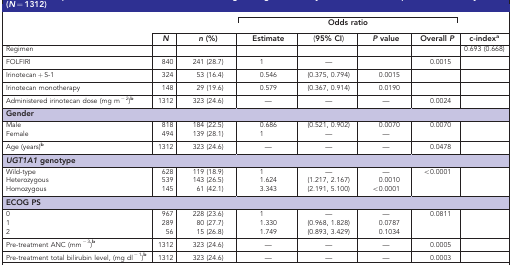
<table><thead><tr><td><b> </b></td><td><b> </b></td><td><b> </b></td><td colspan="4"><b>Odds ratio</b></td><td><b> </b></td></tr><tr><td><b> </b></td><td><b><i>N</i></b></td><td><b><i>n</i>(%)</b></td><td><b>Estimate</b></td><td><b>(95% CI)</b></td><td><b><i>P</i>value</b></td><td><b>Overall<i>P</i></b></td><td><b>c-indexa</b></td></tr></thead><tbody><tr><td>Regimen</td><td> </td><td> </td><td> </td><td> </td><td> </td><td> </td><td>0.693 (0.668)</td></tr><tr><td>FOLFIRI</td><td>840</td><td>241 (28.7)</td><td>1</td><td>—</td><td> </td><td>0.0015</td><td> </td></tr><tr><td>Irinotecan+S-1</td><td>324</td><td>53 (16.4)</td><td>0.546</td><td>(0.375, 0.794)</td><td>0.0015</td><td> </td><td> </td></tr><tr><td>Irinotecan monotherapy</td><td>148</td><td>29 (19.6)</td><td>0.579</td><td>(0.367, 0.914)</td><td>0.0190</td><td> </td><td> </td></tr><tr><td>Administered irinotecan dose (mg m<sup>−2</sup>)b</td><td>1312</td><td>323 (24.6)</td><td>—</td><td>—</td><td>—</td><td>0.0024</td><td> </td></tr><tr><td colspan="8"><b>Gender</b></td></tr><tr><td>Male</td><td>818</td><td>184 (22.5)</td><td>0.686</td><td>(0.521, 0.902)</td><td>0.0070</td><td>0.0070</td><td> </td></tr><tr><td>Female</td><td>494</td><td>139 (28.1)</td><td>1</td><td>—</td><td>—</td><td> </td><td> </td></tr><tr><td>Age (years)b</td><td>1312</td><td>323 (24.6)</td><td>—</td><td>—</td><td>—</td><td>0.0478</td><td> </td></tr><tr><td colspan="8"><b><i>UGT1A1</i> genotype</b></td></tr><tr><td>Wild-type</td><td>628</td><td>119 (18.9)</td><td>1</td><td>—</td><td>—</td><td>&lt;0.0001</td><td> </td></tr><tr><td>Heterozygous</td><td>539</td><td>143 (26.5)</td><td>1.624</td><td>(1.217, 2.167)</td><td>0.0010</td><td> </td><td> </td></tr><tr><td>Homozygous</td><td>145</td><td>61 (42.1)</td><td>3.343</td><td>(2.191, 5.100)</td><td>&lt;0.0001</td><td> </td><td> </td></tr><tr><td colspan="8"><b>ECOG PS</b></td></tr><tr><td>0</td><td>967</td><td>228 (23.6)</td><td>1</td><td>—</td><td>—</td><td>0.0811</td><td> </td></tr><tr><td>1</td><td>289</td><td>80 (27.7)</td><td>1.330</td><td>(0.968, 1.828)</td><td>0.0787</td><td> </td><td> </td></tr><tr><td>2</td><td>56</td><td>15 (26.8)</td><td>1.749</td><td>(0.893, 3.429)</td><td>0.1034</td><td> </td><td> </td></tr><tr><td>Pre-treatment ANC (mm<sup>−3</sup>)b</td><td>1312</td><td>323 (24.6)</td><td>—</td><td>—</td><td>—</td><td>0.0005</td><td> </td></tr><tr><td>Pre-treatment total bilirubin level, (mg dl<sup>−1</sup>)b</td><td>1312</td><td>323 (24.6)</td><td>—</td><td>—</td><td>—</td><td>0.0003</td><td> </td></tr></tbody></table>